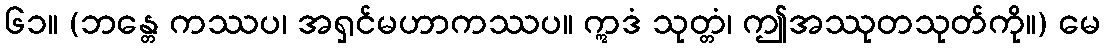
၆၁။ (ဘန္တေ ကဿပ၊ အရှင်မဟာကဿပ။ ဣဒံ သုတ္တံ၊ ဤအဿုတသုတ်ကို။) မေ